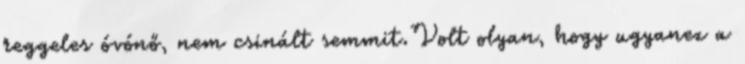
reggeles óvónő, nem csinált semmit.Volt olyan, hogy ugyanez a